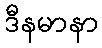
ဒီနမာနာ